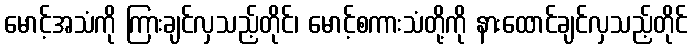
မောင့်အသံကို ကြားချင်လှသည့်တိုင်၊ မောင့်စကားသံတို့ကို နားထောင်ချင်လှသည့်တိုင်